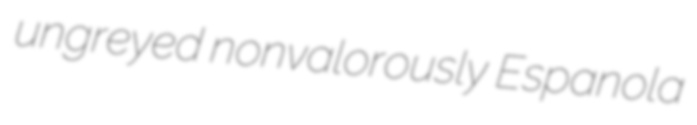
ungreyed nonvalorously Espanola